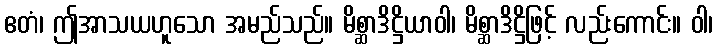
ဧတံ၊ ဤအာသယဟူသော အမည်သည်။ မိစ္ဆာဒိဋ္ဌိယာဝါ၊ မိစ္ဆာဒိဋ္ဌိဖြင့် လည်းကောင်း။ ဝါ၊